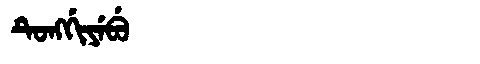
Manchu: ᡨᡠᠩᡤᡳᠶᡝᠪᡠ
Romanization: TUNGGIYEBU